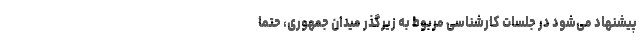
پیشنهاد می‌شود در جلسات کارشناسی مربوط به زیرگذر میدان جمهوری، حتما